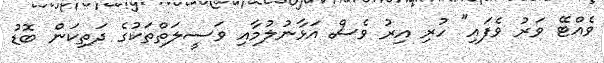
ވެއްޓޭ ވަރު ވެފައި" ހުރި އިރު ވެސް އަޅާނުލުމާއި ވަސީލަތްތަކުގެ ދަތިކަން ބޮޑު